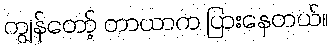
ကျွန်တော့် တာယာက ပြားနေတယ်။